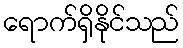
ရောက်ရှိနိုင်သည်